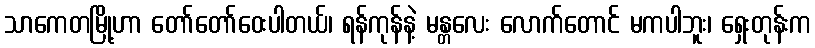
သာကေတမြို့ဟာ တော်တော်ဝေးပါတယ်၊ ရန်ကုန်နဲ့ မန္တလေး လောက်တောင် မကပါဘူး၊ ရှေးတုန်းက